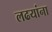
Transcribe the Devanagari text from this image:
लढयांना